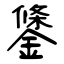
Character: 鎥